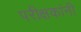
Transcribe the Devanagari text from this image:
परीक्षकांनी